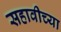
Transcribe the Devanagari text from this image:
सहावीच्या